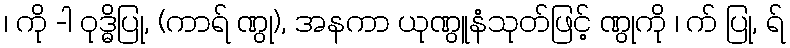
၊ ကို -ါ ဝုဒ္ဓိပြု, (ကာရ် ဏွု), အနကာ ယုဏွူနံသုတ်ဖြင့် ဏွုကို ၊ က် ပြု, ရ်